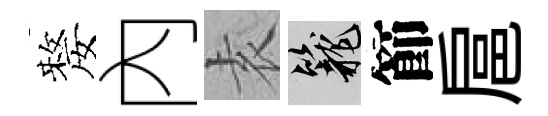
嫠內𡊮籠節扈